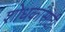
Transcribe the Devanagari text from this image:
शोधकांसाठी